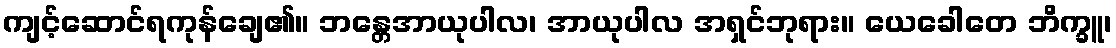
ကျင့်ဆောင်ရကုန်ချေ၏။ ဘန္တေအာယုပါလ၊ အာယုပါလ အရှင်ဘုရား။ ယေခေါတေ ဘိက္ခူ၊